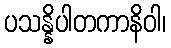
ပသန္နိပါတကာနိဝါ၊